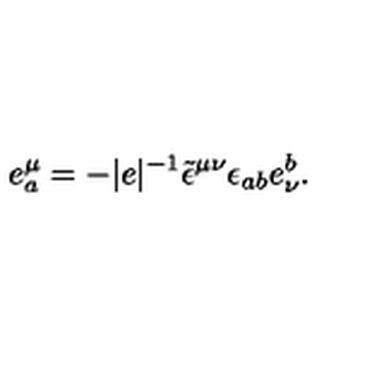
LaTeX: e _ { a } ^ { \mu } = - | e | ^ { - 1 } \tilde { \epsilon } ^ { \mu \nu } \epsilon _ { a b } e _ { \nu } ^ { b } .